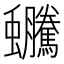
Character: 𧖍